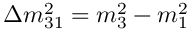
\Delta m _ { 3 1 } ^ { 2 } = m _ { 3 } ^ { 2 } - m _ { 1 } ^ { 2 }